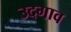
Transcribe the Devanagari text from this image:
उदगाव